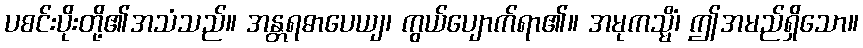
ပစင်းပိုးတို့၏အသံသည်။ အန္တရဓာပေယျ၊ ကွယ်ပျောက်ရာ၏။ အမုကသ္မိံ၊ ဤအမည်ရှိသော။